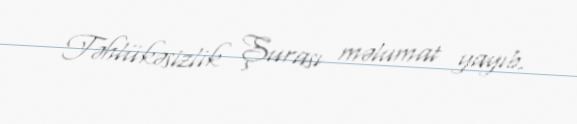
Təhlükəsizlik Şurası məlumat yayıb.